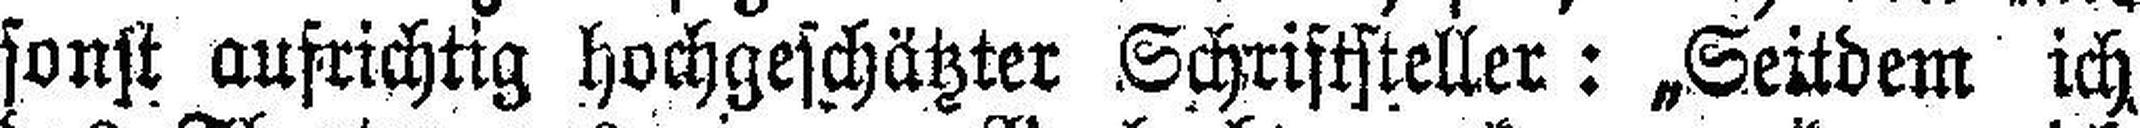
sonst aufrichtig hochgeschätzter Schriftsteller: „Seitdem ich